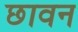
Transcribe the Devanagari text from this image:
छावन